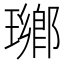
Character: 𤩬